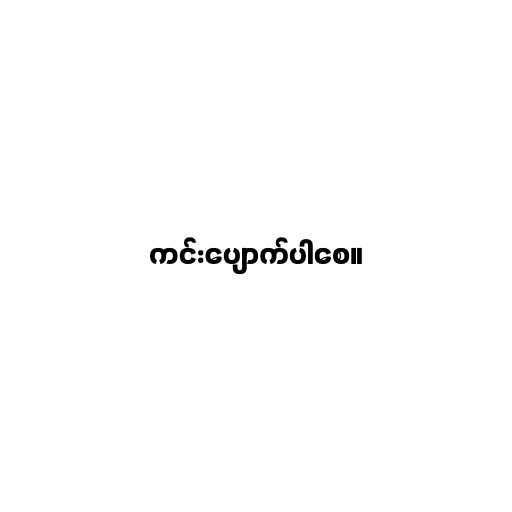
ကင်းပျောက်ပါစေ။